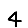
Digit: 4